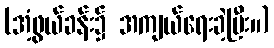
(အံ့ဖွယ်ခန်း၌ အကျယ်ရေးခဲ့ပြီး။)